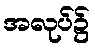
အလုပ်၌